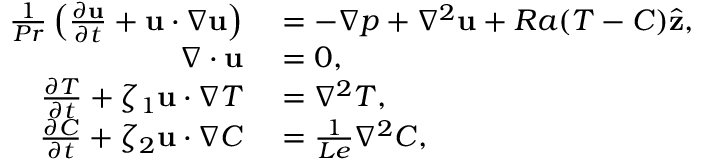
\begin{array} { r l } { \frac { 1 } { P r } \left( \frac { \partial \mathbf { u } } { \partial t } + \mathbf { u } \cdot \nabla \mathbf { u } \right) } & { { } = - \nabla p + \nabla ^ { 2 } \mathbf { u } + R a ( T - C ) \hat { \mathbf { z } } , } \\ { \nabla \cdot \mathbf { u } } & { { } = 0 , } \\ { \frac { \partial T } { \partial t } + \zeta _ { 1 } \mathbf { u } \cdot \nabla T } & { { } = \nabla ^ { 2 } T , } \\ { \frac { \partial C } { \partial t } + \zeta _ { 2 } \mathbf { u } \cdot \nabla C } & { { } = \frac { 1 } { L e } \nabla ^ { 2 } C , } \end{array}